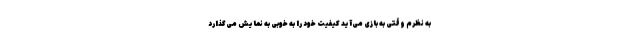
به نظرم وقتی به بازی می‌آید کیفیت خود را به خوبی به نمایش می‌گذارد